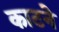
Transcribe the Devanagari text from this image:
काटनेे